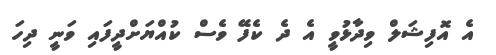
އެ އޮފިޝަލް ވިދާޅުވީ އެ ދެ ކެފޭ ވެސް ކުއްޔަށްދީފައި ވަނީ ދިހަ